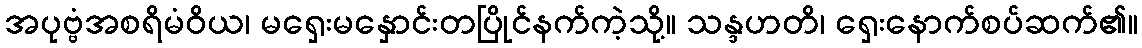
အပုဗ္ဗံအစရိမံဝိယ၊ မရှေးမနှောင်းတပြိုင်နက်ကဲ့သို့။ သန္ဒဟတိ၊ ရှေးနောက်စပ်ဆက်၏။